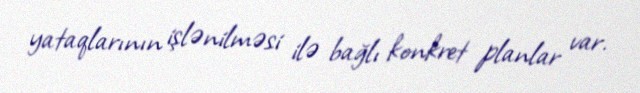
yataqlarının işlənilməsi ilə bağlı konkret planlar var.